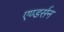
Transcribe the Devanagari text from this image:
एण्डर्सन